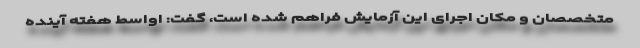
متخصصان و مکان اجرای این آزمایش فراهم شده است، گفت: اواسط هفته آینده